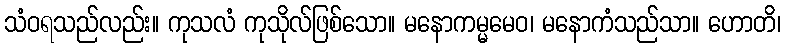
သံဝရသည်လည်း။ ကုသလံ ကုသိုလ်ဖြစ်သော။ မနောကမ္မမေဝ၊ မနောကံသည်သာ။ ဟောတိ၊